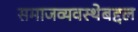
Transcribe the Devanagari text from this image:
समाजव्यवस्थेबद्दल